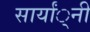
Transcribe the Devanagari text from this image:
सार्यां्नी